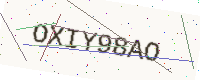
Text: OXIY98AO